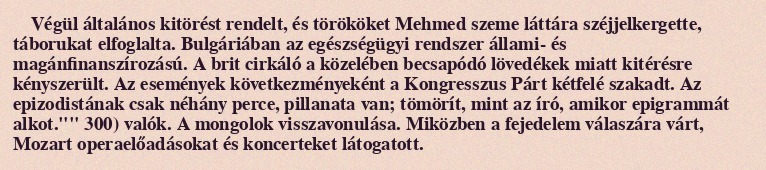
Végül általános kitörést rendelt, és törököket Mehmed szeme láttára széjjelkergette, táborukat elfoglalta. Bulgáriában az egészségügyi rendszer állami- és magánfinanszírozású. A brit cirkáló a közelében becsapódó lövedékek miatt kitérésre kényszerült. Az események következményeként a Kongresszus Párt kétfelé szakadt. Az epizodistának csak néhány perce, pillanata van; tömörít, mint az író, amikor epigrammát alkot."" 300) valók. A mongolok visszavonulása. Miközben a fejedelem válaszára várt, Mozart operaelőadásokat és koncerteket látogatott.